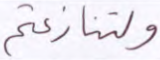
ولتنازعتم